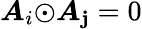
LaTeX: {\boldsymbol{A}_{i}}{\odot}{\boldsymbol{A}_{\mathbf{j}}}=0